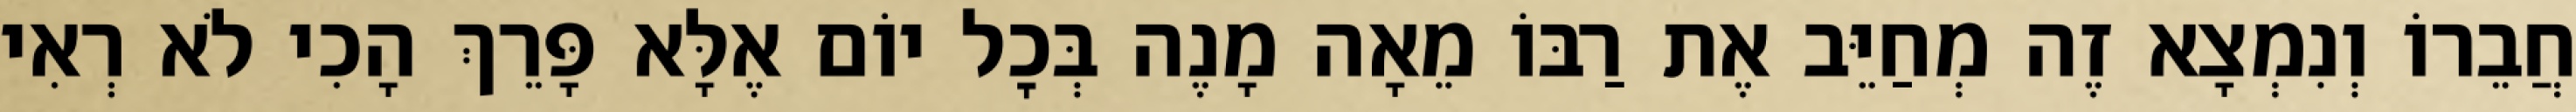
חֲבֵרוֹ וְנִמְצָא זֶה מְחַיֵּב אֶת רַבּוֹ מֵאָה מָנֶה בְּכׇל יוֹם אֶלָּא פָּרֵךְ הָכִי לֹא רְאִי